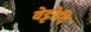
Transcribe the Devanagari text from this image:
वेट्टोदि